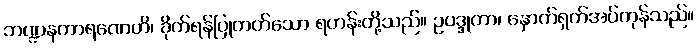
ဘဏ္ဍနကာရဏေဟိ၊ ခိုက်ရန်ပြုတတ်သော ရဟန်းတို့သည်။ ဥပဒ္ဒုတာ၊ နှောက်ရှက်အပ်ကုန်သည်။